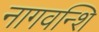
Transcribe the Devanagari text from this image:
नागवन्शि